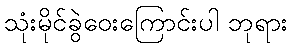
သုံးမိုင်ခွဲဝေးကြောင်းပါ ဘုရား